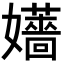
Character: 𡤑